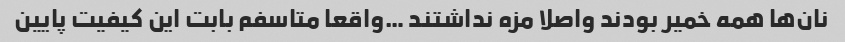
نان‌ها همه خمیر بودند واصلا مزه نداشتند …واقعا متاسفم بابت این کیفیت پایین